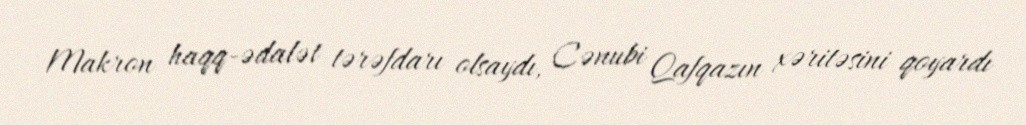
Makron haqq-ədalət tərəfdarı olsaydı, Cənubi Qafqazın xəritəsini qoyardı